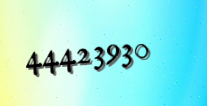
44423930